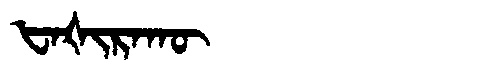
Manchu: ᡶᠠᡧᡳᡵᠠᡴᡡ
Romanization: FAŠIRAKŪ